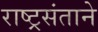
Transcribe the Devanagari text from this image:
राष्ट्रसंताने